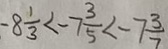
- 8 \frac { 1 } { 3 } < - 7 \frac { 3 } { 5 } < - 7 \frac { 3 } { 7 }